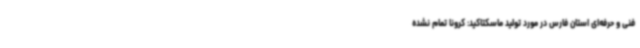
فنی و حرفه‌ای استان فارس در مورد تولید ماسکتاکید: کرونا تمام نشده